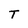
Character: T